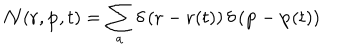
{ \cal N } ( { \bf r } , { \bf p } , t ) = \sum _ { a } \delta \left( { \bf r } - { \bf r } ( t ) \right) \delta \left( { \bf p } - { \bf p } ( t ) \right)